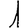
Digit: 1